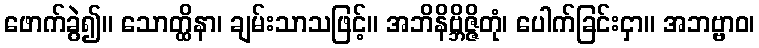
ဖောက်ခွဲ၍။ သောတ္ထိနာ၊ ချမ်းသာသဖြင့်။ အဘိနိဗ္ဘိဇ္ဇိတုံ၊ ပေါက်ခြင်းငှာ။ အဘဗ္ဗာဝ၊